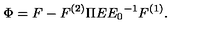
\Phi = F - F ^ { ( 2 ) } \Pi E { E _ { 0 } } ^ { - 1 } F ^ { ( 1 ) } .